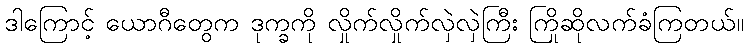
ဒါကြောင့် ယောဂီတွေက ဒုက္ခကို လှိုက်လှိုက်လှဲလှဲကြီး ကြိုဆိုလက်ခံကြတယ်။